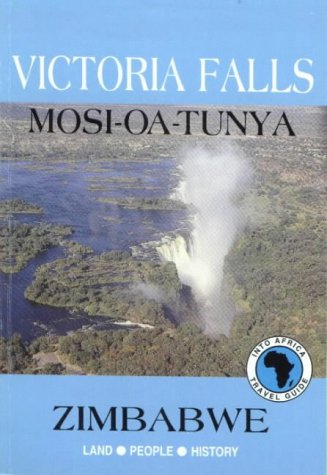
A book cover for Victoria Falls: Mosi Oa Tunya: Zimbabwe: Land-People-History (Into Africa travel guides series); David Martin; Travel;